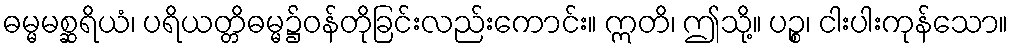
ဓမ္မမစ္ဆရိယံ၊ ပရိယတ္တိဓမ္မ၌ဝန်တိုခြင်းလည်းကောင်း။ ဣတိ၊ ဤသို့။ ပဉ္စ၊ ငါးပါးကုန်သော။